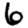
Digit: 6